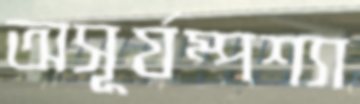
অসূর্যম্পশ্যা